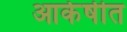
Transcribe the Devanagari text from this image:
आर्कषीत